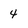
Character: 4